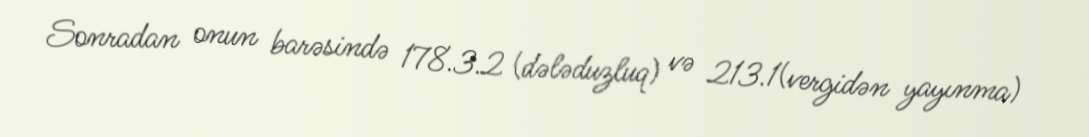
Sonradan onun barəsində 178.3.2 (dələduzluq) və 213.1(vergidən yayınma)